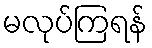
မလုပ်ကြရန်